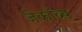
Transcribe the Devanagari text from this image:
जेकॉब्स